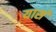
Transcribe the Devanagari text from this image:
यासं